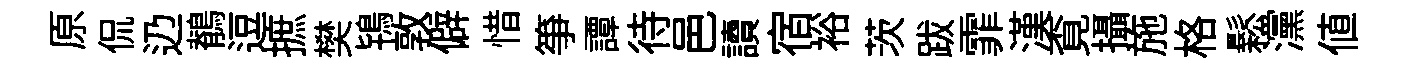
原侃辸鶺逗摭樊鴇敦僻惜筝譚待邑讀宿裕茨跋霏漢覔攝施格鬆灙値